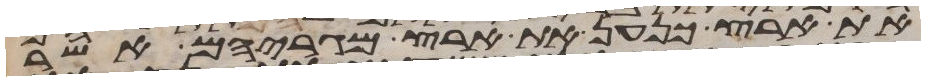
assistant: את ארץ כנען את ארץ מגריהם אשר